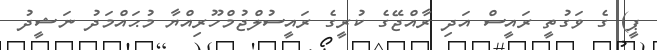
ޕީ) ގެ ވަގުތީ ރައީސް އަދި ރާއްޖޭގެ ކުރީގެ ރައީސުލްޖުމްހޫރިއްޔާ މުޙައްމަދު ނަޝީދު